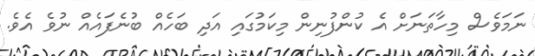
ނަމަވެސް މިހާތަނަށް އެ ކުންފުނިން މިކަމުގައި އަދި ބަހެއް ބުނެފައެއް ނުވެ އެވެ.